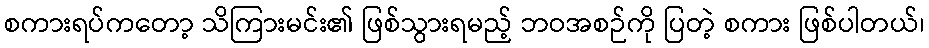
စကားရပ်ကတော့ သိကြားမင်း၏ ဖြစ်သွားရမည့် ဘဝအစဉ်ကို ပြတဲ့ စကား ဖြစ်ပါတယ်၊